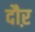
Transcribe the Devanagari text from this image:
दौऱ